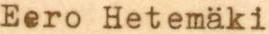
Eero Hetemäki